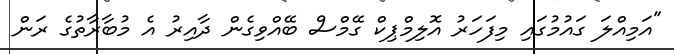
"އަމިއްލަ ގައުމުގައި މިފަހަރު އޮލިމްޕިކް ގޭމްސް ބޭއްވިގެން ދާއިރު އެ މުބާރާތުގެ ރަން